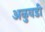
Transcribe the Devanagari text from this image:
अळुवडी